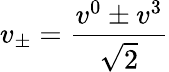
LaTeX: v_{\pm}=\frac{v^{0}\pm v^{3}}{\sqrt{2}}